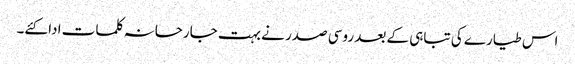
اس طیارے کی تباہی کے بعد روسی صدر نے بہت جارحانہ کلمات ادا کئے۔